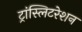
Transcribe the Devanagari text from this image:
ट्रांस्लिटरेशन